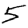
Digit: 5